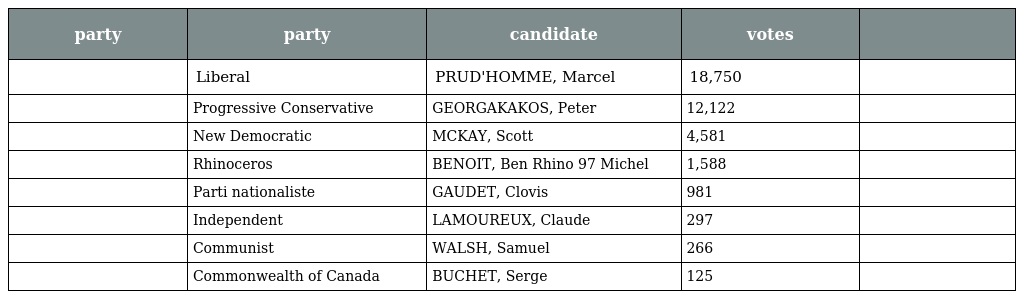
| party | party | candidate | votes |  |
 | --- | --- | --- | --- | --- |
 |  | Liberal | PRUD'HOMME, Marcel | 18,750 |  |
 |  | Progressive Conservative | GEORGAKAKOS, Peter | 12,122 |  |
 |  | New Democratic | MCKAY, Scott | 4,581 |  |
 |  | Rhinoceros | BENOIT, Ben Rhino 97 Michel | 1,588 |  |
 |  | Parti nationaliste | GAUDET, Clovis | 981 |  |
 |  | Independent | LAMOUREUX, Claude | 297 |  |
 |  | Communist | WALSH, Samuel | 266 |  |
 |  | Commonwealth of Canada | BUCHET, Serge | 125 |  |